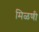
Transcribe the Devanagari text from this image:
मिळणी